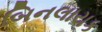
બિનલાયક